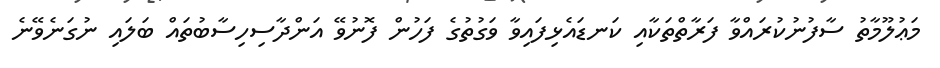
މަޢުލޫމާތު ސާފުނުކުރައްވާ ފަރާތްތަކާއި ކަނޑައެޅިފައިވާ ވަގުތުގެ ފަހުން ފޮނުވޭ އަންދާސިހިސާބުތައް ބަލައި ނުގަނެވޭނެ